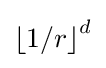
{\textstyle {\left\lfloor {1/r}\right\rfloor }^{d}}